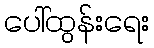
ပေါ်ထွန်းရေး